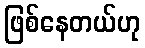
ဖြစ်နေတယ်ဟု